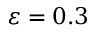
\varepsilon = 0 . 3